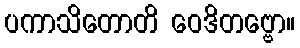
ပကာသိတောတိ ဝေဒိတဗ္ဗော။